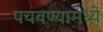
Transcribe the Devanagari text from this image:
पचवण्यामध्ये